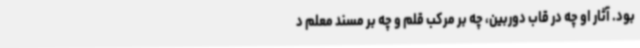
بود. آثار او چه در قاب دوربین، چه بر مرکب قلم و چه بر مسند معلم د